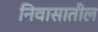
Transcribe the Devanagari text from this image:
निवासातील